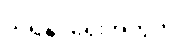
သိရှိနိုင်ရေးအတွက်